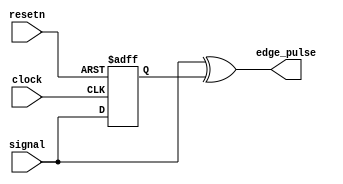
// 
//  Project:     VerSiTile-BuildingBlocks                                     
//  Website:     louis-dr.github.io                                           
//  License:     MIT License                                                  
// 
//  Description: Generates a pulse at the rising and falling edge of a        
//               signal.                                                      
//                                                                            
// 



module edge_detector (
  input  clock,
  input  resetn,
  input  signal,
  output edge_pulse
);

reg signal_previous;

always @(posedge clock or negedge resetn) begin
  if (!resetn) signal_previous <= 0;
  else         signal_previous <= signal;
end

assign edge_pulse = signal ^ signal_previous;

endmodule